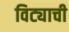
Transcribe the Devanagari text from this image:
विट्याची